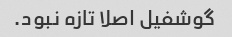
گوشفیل اصلا تازه نبود.